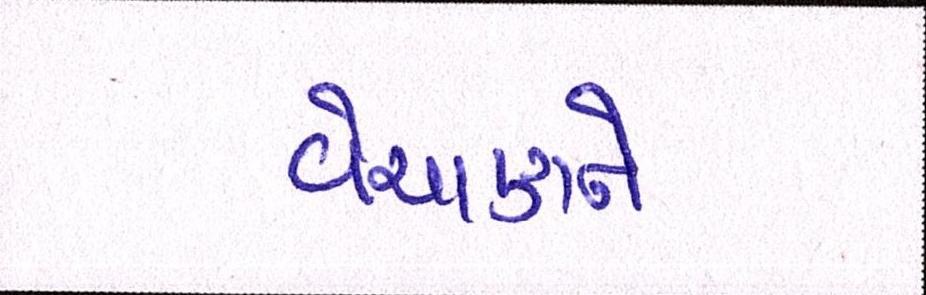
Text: વેચાણને